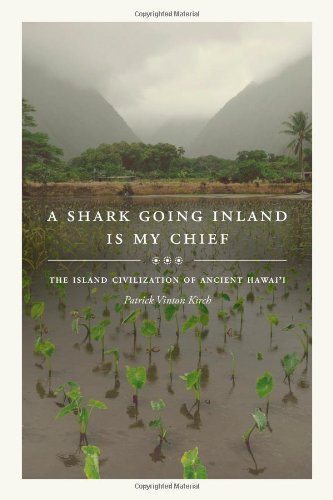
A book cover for A Shark Going Inland Is My Chief: The Island Civilization of Ancient Hawai'i; Patrick Vinton Kirch; History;